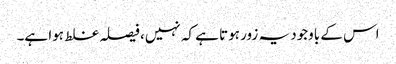
اس کے باوجود یہ زور ہوتا ہے کہ نہیں، فیصلہ غلط ہوا ہے۔